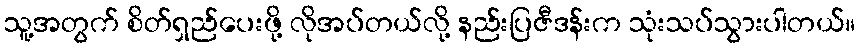
သူ့အတွက် စိတ်ရှည်ပေးဖို့ လိုအပ်တယ်လို့ နည်းပြဇီဒန်းက သုံးသပ်သွားပါတယ်။